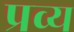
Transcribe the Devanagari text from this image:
प्रव्य